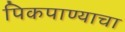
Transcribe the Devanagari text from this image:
पिकपाण्याचा